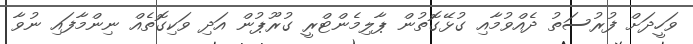
ވަހީދަށް ފުރުސަތު ދެއްވުމާއި ގުޅޭގޮތުން ޕާލިމެންޓްރީ ގުރޫޕުން އަދި ވަކިގޮތެއް ނިންމާފައި ނުވާ